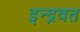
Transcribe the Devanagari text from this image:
इन्द्रवत